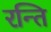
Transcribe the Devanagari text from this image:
रन्ति